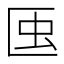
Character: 𧈟